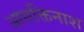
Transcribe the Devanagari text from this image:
आसक्तिनाश